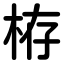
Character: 栫